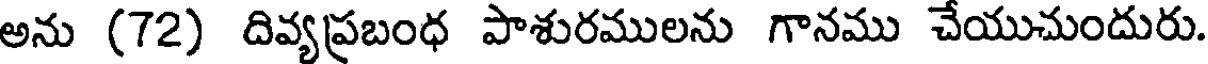
అను (72) దివ్యప్రబంధ పాశురములను గానము చేయుచుందురు.